Annual report on the health of the army in India
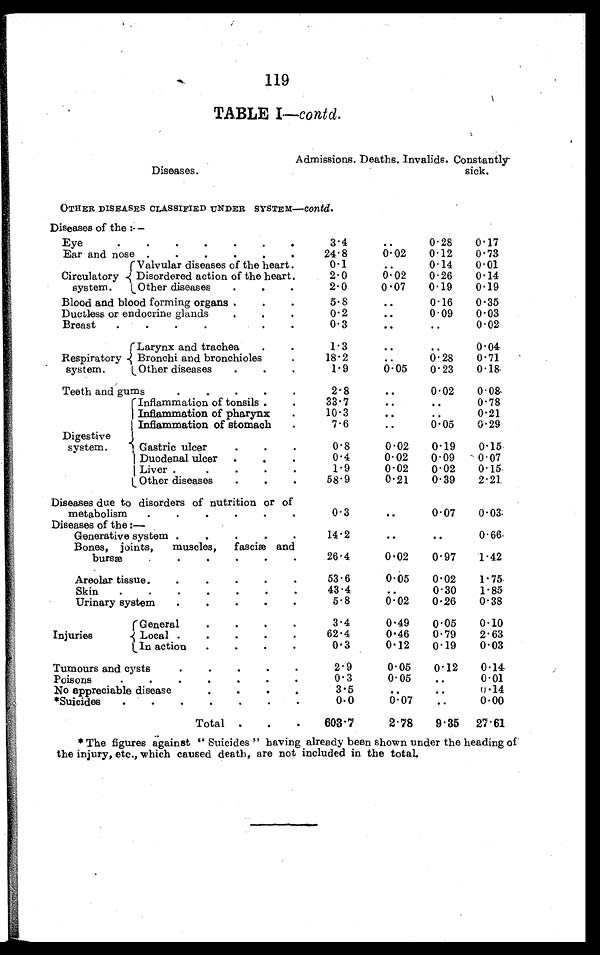
119
TABLE I—contd.
Diseases.
Admissions. Deaths. Invalids. Constantly
sick.
OTHER DISEASES CLASSIFIED UNDER SYSTEM—contd.
Diseases of the:—
Eye . . .
3.4
. . . 0.28
0.17
Ear and nose . . .
24.8
0.02
0.12
0.73
Circulatory
system.
Valvular diseases of the heart . . .
0.1
. . . 0.14
0.01
Disordered action of the heart . . .
2 . 00.02
0.26
0.14
Other diseases . . .
2.0
0.07
0.19
0.19
Blood and blood forming organs . . .
5.8
. . . 0.16
0.35
Ductless or endocrine glands . . .
0.2
. . . 0.09
0.03
Breast . . .
0.3
. . .
. . .
0.02
Respiratory
system.
Larynx and trachea . . .
1.3
. . .
. . .
0.04
Bronchi and bronchioles . . .
18.2
. . . 0.28
0.71
Other diseases . . .
1.9
0.05
0.23
0.18
Teeth and gums . . .
2.8
. . . 0.02
0.08
Digestive
system.
Inflammation of tonsils . . .
33.7
. . .
. . .
0.78
Inflammation of pharynx . . .
10.3
. . .
. . .
0.21
Inflammation of stomach
. . .
7.6
. . . 0.05
0.29
Gastric ulcer . . .
0.8
0.02
0.19
0.15
Duodenal ulcer . . .
0.4
0.02
0.09
0.07
Liver . . .
1.9
0 . 0 2 0.02
0.15
Other diseases . . .
58.9
0.21
0.39
2.21
Diseases due to disorders of nutrition or of
metabolism . . .
0.3
. . . 0.07
0.03
Diseases of the:
—
Generative system . . .
14.2
. . .
. . .
0.66
Bones, joints, muscles, fasciæ and
bursæ . . .
26.4
0.02
0.97
1.42
Areolar tissue . . .
53.6
0.05
0.02
1.75
Skin . . .
43.4
. . . 0.30
1.85
Urinary system . . .
5.8
0.02
0.26
0.38
Injuries
General . . .
3.4
0.49
0.05
0.10
Local . . .
62.4
0.46
0.79
2.63
In action . . .
0.3
0.12
0.19
0.03
Tumours and cysts . . .
2.9
0.05
0.12
0.14
Poisons . . .
0.3
0.05
. . . 0.01
No appreciable disease . . .
3.5
. . .
. . .
0 . 1 4
*Suicides . . .
0.0
0.07
. . . 0.00
Total . . .
603.7
2.78
9.35 27.61
* The figures against "Suicides" having already been shown under the heading of
the injury, etc., which caused death, are not included in the total.